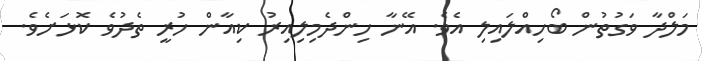
މަލްދާ ވަގުތުން ބޯހިއްލައިލި އެވެ. އޭނާ ހިންދެމިލިއިރު ކިއާން ހުރީ ތެދުވެ ކޮޅަށެވެ.